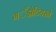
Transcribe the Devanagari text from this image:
गॕझेटियरने